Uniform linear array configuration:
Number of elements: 4
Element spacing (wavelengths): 0.75
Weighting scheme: blackman
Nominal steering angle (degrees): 15
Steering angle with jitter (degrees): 14.729
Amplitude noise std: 0.05
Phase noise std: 0.05

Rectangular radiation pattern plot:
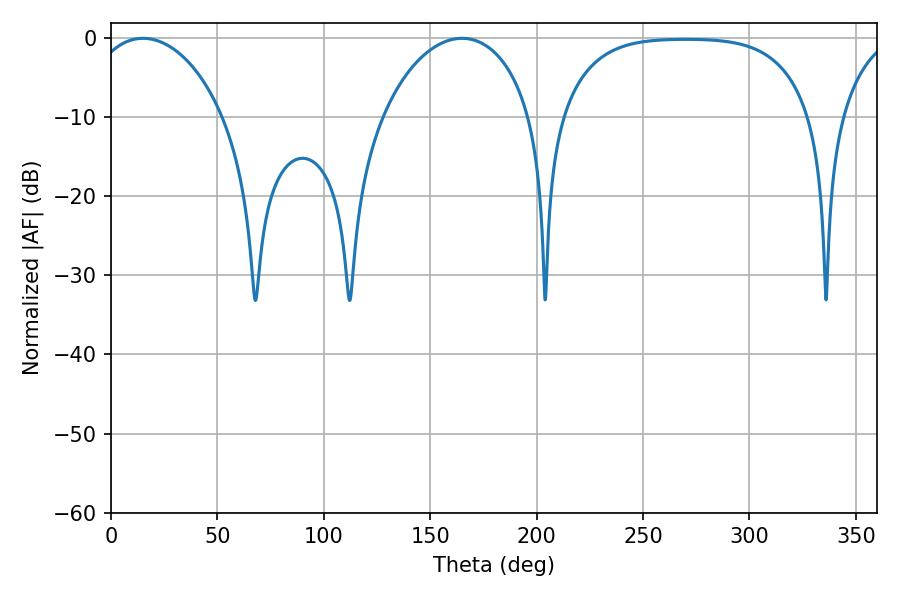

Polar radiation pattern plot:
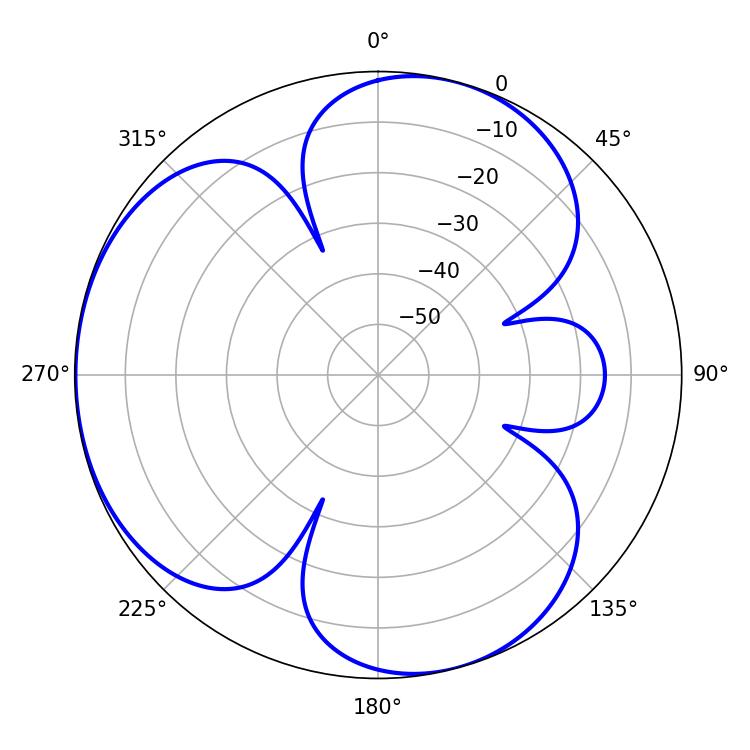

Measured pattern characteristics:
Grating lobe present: TRUE
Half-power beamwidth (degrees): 36.36
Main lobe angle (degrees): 15.12